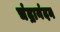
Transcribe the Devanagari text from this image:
चंद्रानंदन